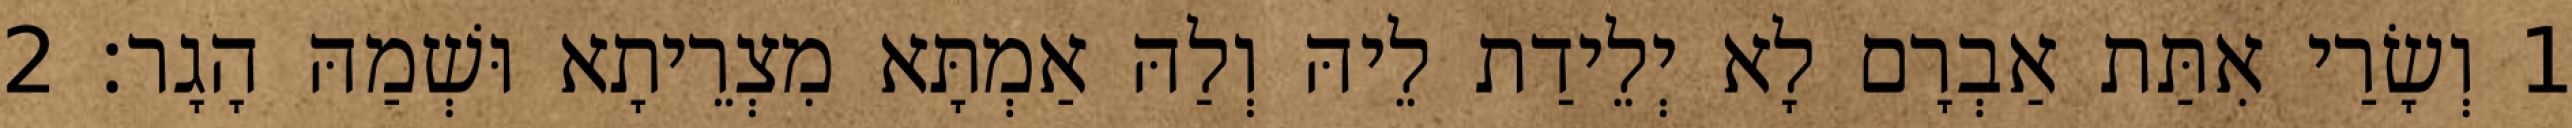
1 וְשָׂרַי אִתַּת אַבְרָם לָא יְלֵידַת לֵיהּ וְלַהּ אַמְתָּא מִצְרֵיתָא וּשְׁמַהּ הָגָר׃ 2